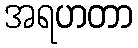
အရဟတာ